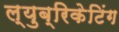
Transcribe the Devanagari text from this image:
ल्युब्रिकेटिंग